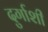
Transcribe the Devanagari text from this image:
दुर्गाशी